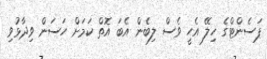
ޕަސެންޓްގެ ހިލޭ އެހީ ވެސް ލިބެން އެބަ އޮތް ކަމަށް ހަސަން ވިދާޅުވި